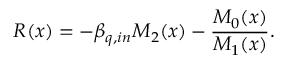
R ( x ) = - \beta _ { q , i n } M _ { 2 } ( x ) - \frac { M _ { 0 } ( x ) } { M _ { 1 } ( x ) } .